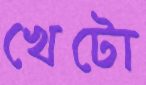
খেটো